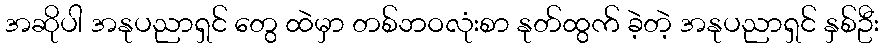
အဆိုပါ အနုပညာရှင် တွေ ထဲမှာ တစ်ဘဝလုံးစာ နုတ်ထွက် ခဲ့တဲ့ အနုပညာရှင် နှစ်ဦး